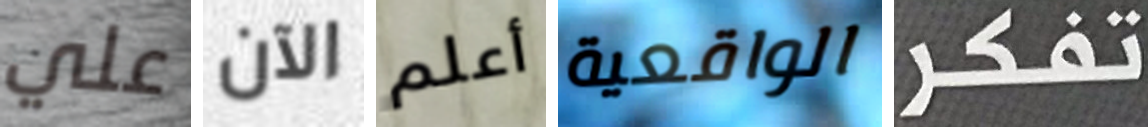
علي الآن أعلم الواقعية تفكر